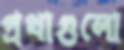
প্রথাগুলো